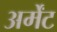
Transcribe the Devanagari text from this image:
अर्मेंट